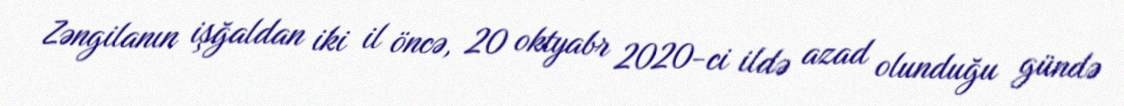
Zəngilanın işğaldan iki il öncə, 20 oktyabr 2020-ci ildə azad olunduğu gündə